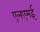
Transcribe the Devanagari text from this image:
एलएमई